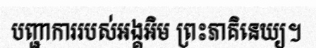
បញ្ជាការរបស់អង្គអិម ព្រះភាគិនេយ្យ។